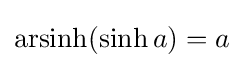
\operatorname {arsinh} (\sinh a)=a